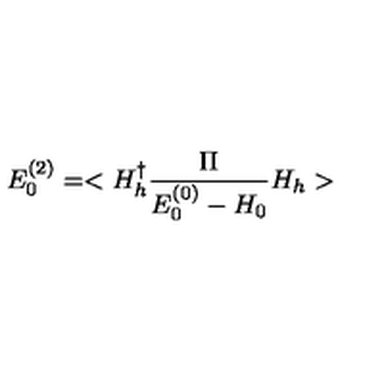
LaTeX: E _ { 0 } ^ { ( 2 ) } = < H _ { h } ^ { \dagger } \frac { \Pi } { E _ { 0 } ^ { ( 0 ) } - H _ { 0 } } H _ { h } >